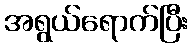
အရွယ်ရောက်ပြီး